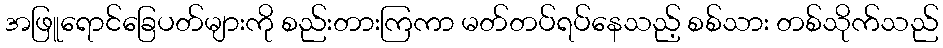
အဖြူရောင်ခြေပတ်များကို စည်းတားကြကာ မတ်တပ်ရပ်နေသည့် စစ်သား တစ်သိုက်သည်